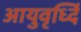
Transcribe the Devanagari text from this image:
आयुवृर्ध्दि